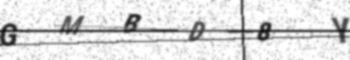
Text: GMBD8Y